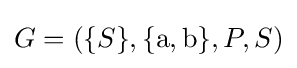
G=(\{S\},\{\mathrm {a} ,\mathrm {b} \},P,S)